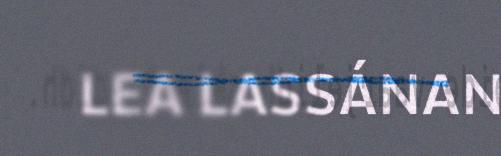
LEA LASSÁNAN